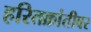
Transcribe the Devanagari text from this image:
हरितक्रांतीवर